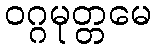
ဝဂ္ဂမုတ္တမေ